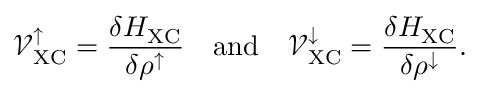
\mathcal { V } _ { \mathrm { X C } } ^ { \uparrow } = \frac { \delta H _ { \mathrm { X C } } } { \delta \rho ^ { \uparrow } } \quad \mathrm { a n d } \quad \mathcal { V } _ { \mathrm { X C } } ^ { \downarrow } = \frac { \delta H _ { \mathrm { X C } } } { \delta \rho ^ { \downarrow } } .